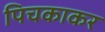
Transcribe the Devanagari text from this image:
पिचकाकर